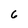
Character: 6